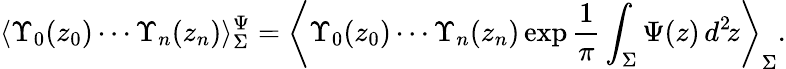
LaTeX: \langle\Upsilon_{0}(z_{0})\cdots\Upsilon_{n}(z_{n})\rangle_{\Sigma}^{\Psi}=\left\langle\Upsilon_{0}(z_{0})\cdots\Upsilon_{n}(z_{n})\exp\frac{1}{\pi}\int_{\Sigma}\Psi(z)\, d^{2}\! z\right\rangle_{\Sigma}.